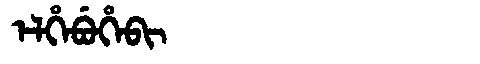
Manchu: ᡝᠯᡥᡝᠪᡠᡥᡝᠪᡳ
Romanization: ELHEBUHEBI